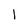
Character: 1